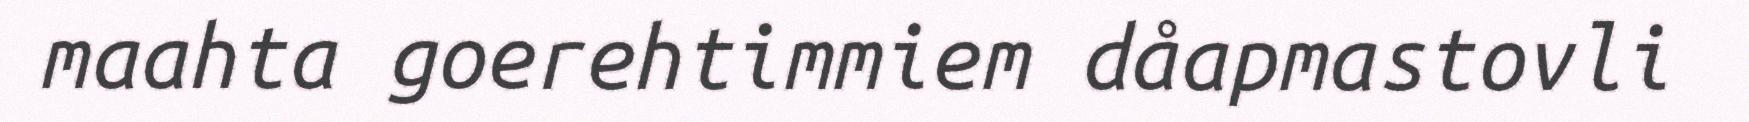
maahta goerehtimmiem dåapmastovli